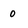
Character: 0